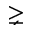
\gneq